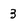
Character: 3